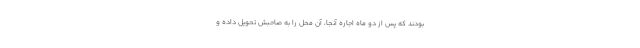
بودند که پس از دو ماه اجاره آنجا، آن محل را به صاحبش تحویل داده و